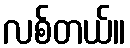
လစ်တယ်။